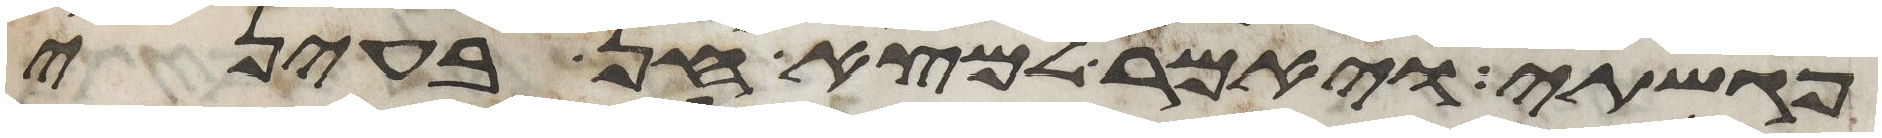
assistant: פגשתי ויאמר למצא חן בעיני